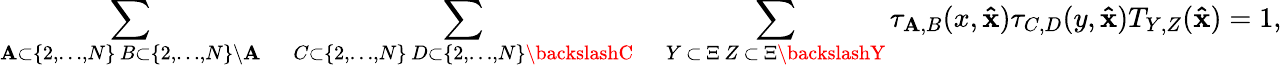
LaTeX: \sum_{\substack{\mathbf{A}\subset\{ 2,\dots,N\} \, B\subset\{ 2,\dots,N\} \backslash\mathbf{A}}}\quad\sum_{\substack{C\subset\{ 2,\dots,N\} \, D\subset\{ 2,\dots,N\} \backslashC}}\quad\sum_{\substack{Y\, \subset\, \Xi\, Z\, \subset\, \Xi\backslashY}}\tau_{\mathbf{A},B}(x,\mathbf{{\hat{{x}}}})\tau_{C,D}(y,\mathbf{{\hat{{x}}}})T_{Y,Z}(\mathbf{{\hat{{x}}}})=1,